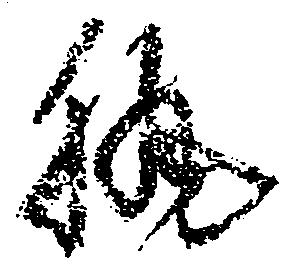
執